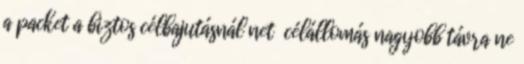
a packet a biztos célbajutásnál net célállomás nagyobb távra ne